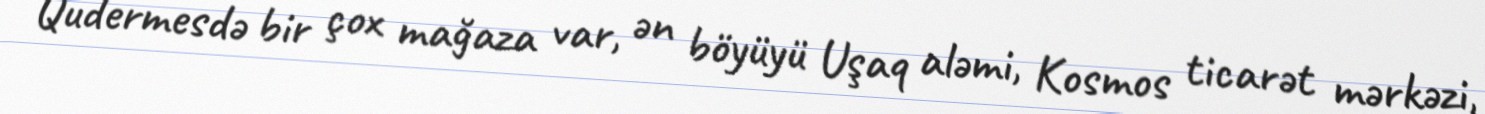
Qudermesdə bir çox mağaza var, ən böyüyü Uşaq aləmi, Kosmos ticarət mərkəzi,